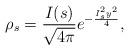
LaTeX: \begin{align*} \displaystyle \rho_s=\frac{I(s)}{\sqrt{4\pi}} e^{-\frac{I_{s}^{2}y^2}{4}},\end{align*}